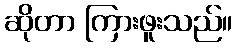
ဆိုတာ ကြားဖူးသည်။